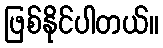
ဖြစ်နိုင်ပါတယ်။